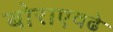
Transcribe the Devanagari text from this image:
बोराएवढे